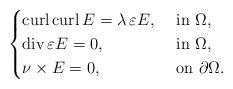
LaTeX: \begin{align*}\begin{cases}\operatorname{curl}\operatorname{curl} E = \lambda \, \varepsilon E, &\mbox{ in } \Omega,\\\mathrm{div}\, \varepsilon E = 0, & \mbox{ in } \Omega,\\\nu \times E = 0, &\mbox{ on } \partial \Omega.\end{cases}\end{align*}